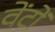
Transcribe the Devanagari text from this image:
वेंटों